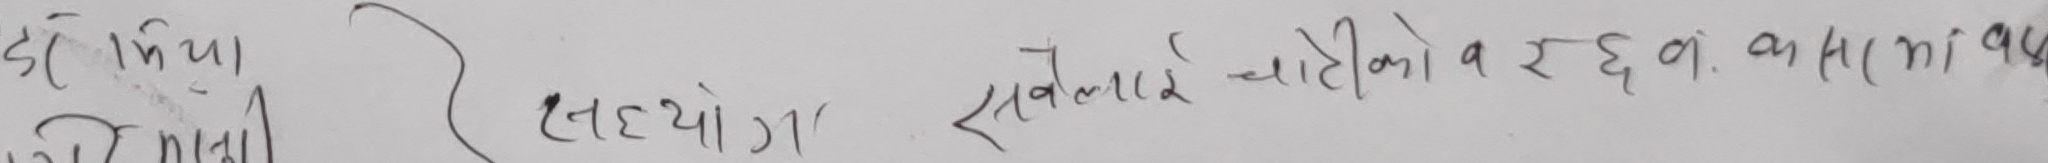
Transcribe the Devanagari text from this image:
देखिया
को पानी
सहयोग। सबैलाई चाहिएको व रहन कनि आयो।